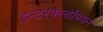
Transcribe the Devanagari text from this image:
इन्टरफैलोपियन